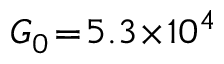
G _ { 0 } \! = \! 5 . 3 \! \times \! 1 0 ^ { 4 }